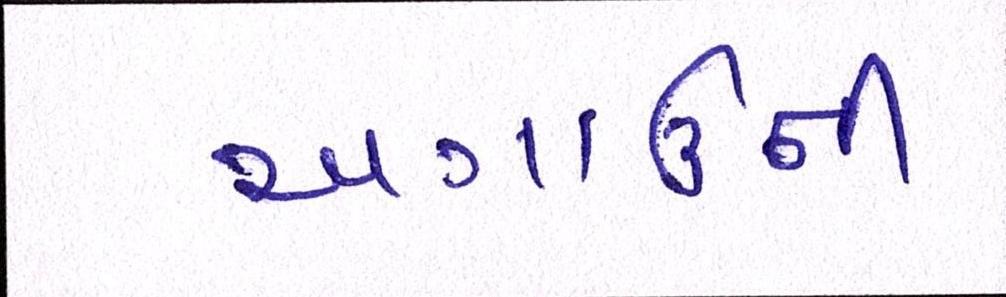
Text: અગાઉની